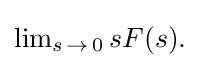
{\textstyle \lim _{s\,\to \,0}{sF(s)}.}